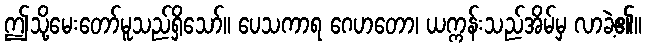
ဤသို့မေးတော်မူသည်ရှိသော်။ ပေသကာရ ဂေဟတော၊ ယက္ကန်းသည်အိမ်မှ လာခဲ့၏။